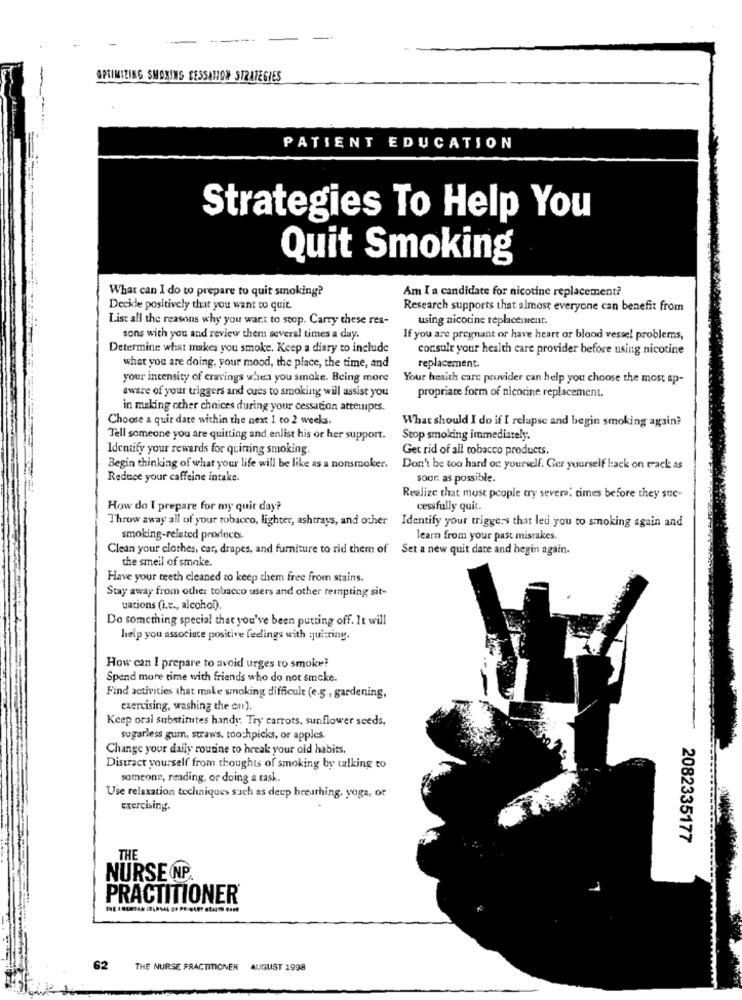
OPTIMIZING SMOKING CESSATION STRATEGIES
PATIENT EDUCATION
Strategies To Help You
Quit Smoking
What can I do to prepare to quit smoking?
Am I a candidate for nicotine replacement?
Decide positively that you want to quit
Research supports that almost everyone can benefit from
List all the reasons why you want to stop. Carry these res-
using nicotine replacement.
sons with you and review them several times a day.
If you are pregnant or have heart or blood vessel problems,
Determine what makes you smoke. Keep a diary to include
consult your health care provider before using nicotine
what you are doing, your mood, the place, the time, and
replacement.
your intensity of cravings when you smoke. Being more
Your health care provider can help you choose the most ap-
aware of your triggers and cues to smoking will assist you
propriate form of nicotine replacement.
in making other choices during your cessation attempts.
Choose a quit date within the next 1 co 2 weeks.
What should I do if I relapse and begin smoking again?
Tell someone you are quitting and enlist his or her support.
Stop smoking immediately.
Identify your rewards for quining smoking
Get rid of all tobacco products
Begin thinking of what your life will be like as a nonsmoker.
Don't be too hard or yourself. Ger yourself back on track as
Reduce your caffeine intake.
soor. as possible.
Realize that most people try several times before they suc-
How do I prepare for my quit day?
cessfully quit.
Throw away all of your tobacco, lighter, ashtrays, and ocher Identify your triggers that led you to smoking again and
smoking-related products.
learn from your past mistakes.
Clean your clothes, car, drapes, and furniture to rid them of
Set a new quit date and hegin again.
the smell of smoke.
Have your teeth cleaned to keep them free from stains.
Stay away from other tobacco users and other tempting sit-
uations (i.e ., alcohol).
Do something special that you've been putting off. It will
help you associate positive feelings with quitting.
How can I prepare to avoid urges to smoke?
Spend more time with friends who do not smoke.
Find activities that make smoking difficult (e.g ., gardening,
exercising, washing the cur).
Keep oral substitutes handy: Try carrots, sunflower seeds,
sugarless gum, straws. toothpicks, or apples.
Change your daily routine to break your old habits.
Distract yourself from thoughts of smoking by talking to
someone, reading, or doing a task.
Use relaxation techniques such as deep breathing, yoga, or
exercising.
2082335177
THE
NURSE NP.
PRACTITIONER
62
THE NURSE PRACTITIONER
AUGUST 1998